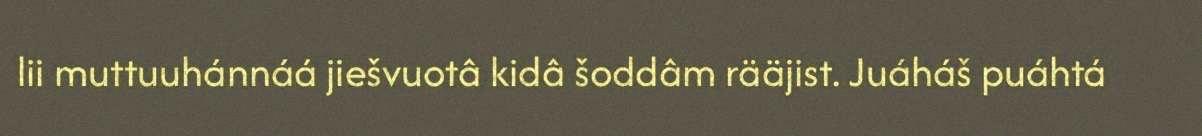
lii muttuuhánnáá jiešvuotâ kidâ šoddâm rääjist. Juáháš puáhtá